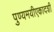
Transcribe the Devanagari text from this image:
पुण्यमयीएकादशी